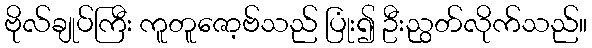
ဗိုလ်ချုပ်ကြီး ကူတူဇော့ဗ်သည် ပြုံး၍ ဦးညွတ်လိုက်သည်။